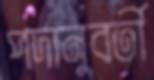
পদানুবর্তী